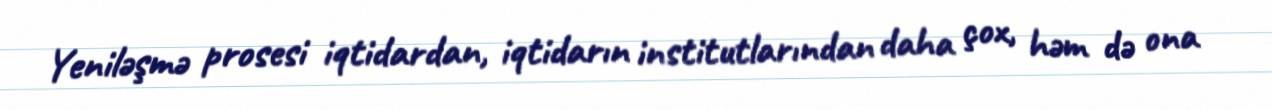
Yeniləşmə prosesi iqtidardan, iqtidarın institutlarından daha çox, həm də ona